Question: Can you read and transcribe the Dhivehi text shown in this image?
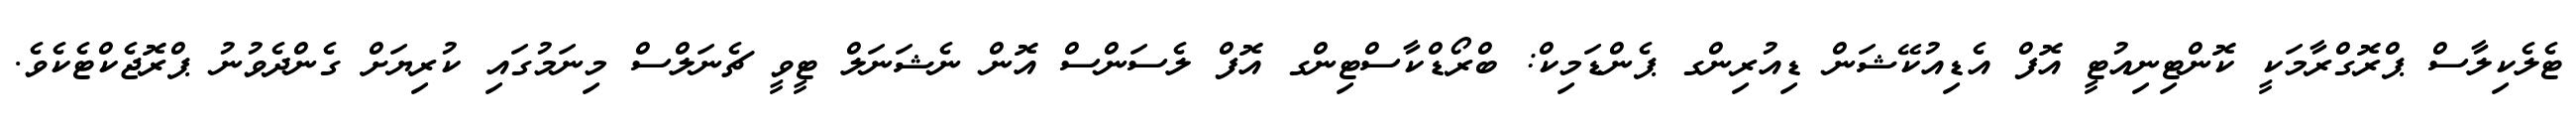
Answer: ޓެލެކިލާސް ޕްރޮގްރާމަކީ ކޮންޓިނިއުޓީ އޮފް އެޑިއުކޭޝަން ޑިއުރިންގ ޕެންޑަމިކް: ބްރޯޑްކާސްޓިންގ އޮފް ލެސަންސް އޮން ނެޝަނަލް ޓީވީ ޗެނަލްސް މިނަމުގައި ކުރިޔަށް ގެންދެވުނު ޕްރޮޖެކްޓެކެވެ.